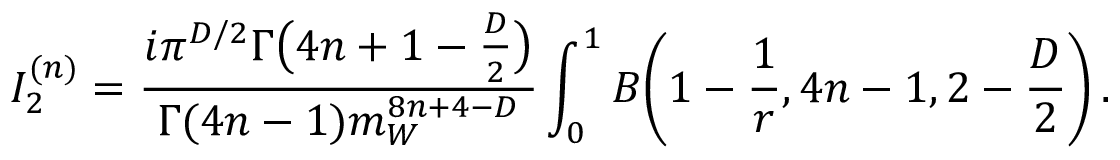
I _ { 2 } ^ { ( n ) } = \frac { i \pi ^ { D / 2 } \Gamma \big ( 4 n + 1 - \frac { D } { 2 } \big ) } { \Gamma ( 4 n - 1 ) m _ { W } ^ { 8 n + 4 - D } } \int _ { 0 } ^ { 1 } B \bigg ( 1 - \frac { 1 } { r } , 4 n - 1 , 2 - \frac { D } { 2 } \bigg ) \, .